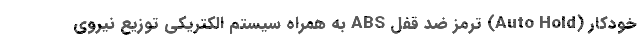
خودکار (Auto Hold) ترمز ضد قفل ABS به همراه سیستم الکتریکی توزیع نیروی